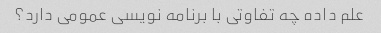
علم داده چه تفاوتی با برنامه نویسی عمومی دارد؟